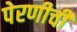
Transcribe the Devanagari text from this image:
पेरणीची